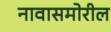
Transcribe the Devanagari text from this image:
नावासमोरील